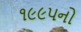
૧૯૯૫નો